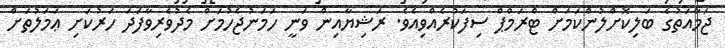
ޖަމާއަތުގެ ބަލިކޮށްލުންކަމަށް ޓްރަމްޕް ސިފަކުރެއްވިއެވެ. ރަޝިޔާއިން ވަނީ ހަމަނުޖެހުމަށް މެދުވެރިވާފަދަ ހަރުކަށި ޢަމަލުތަށް